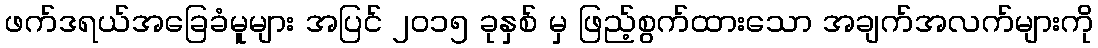
ဖက်ဒရယ်အခြေခံမူများ အပြင် ၂၀၁၅ ခုနှစ် မှ ဖြည့်စွက်ထားသော အချက်အလက်များကို